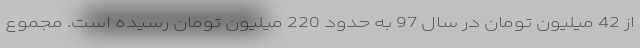
از 42 میلیون تومان در سال 97 به حدود 220 میلیون تومان رسیده است. مجموع